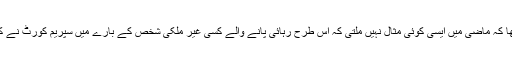
تاہم اُن کا کہنا تھا کہ ماضی میں ایسی کوئی مثال نہیں ملتی کہ اس طرح رہائی پانے والے کسی غیر ملکی شخص کے بارے میں سپریم کورٹ نے کوئی حکم دیا ہو۔